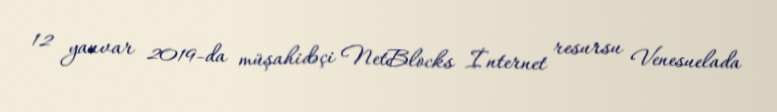
12 yanvar 2019-da müşahidəçi NetBlocks İnternet resursu Venesuelada